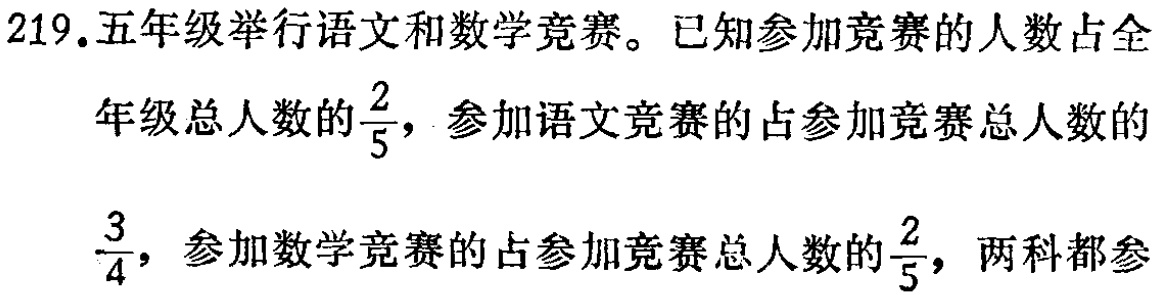
219.五年级举行语文和数学竞赛。已知参加竞赛的人数占全年级总人数的$\frac{2}{5}$，参加语文竞赛的占参加竞赛总人数的$\frac{3}{4}$，参加数学竞赛的占参加竞赛总人数的$\frac{2}{5}$，两科都参